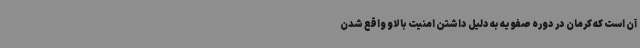
آن است که کرمان در دوره صفویه به دلیل داشتن امنیت بالا و واقع شدن